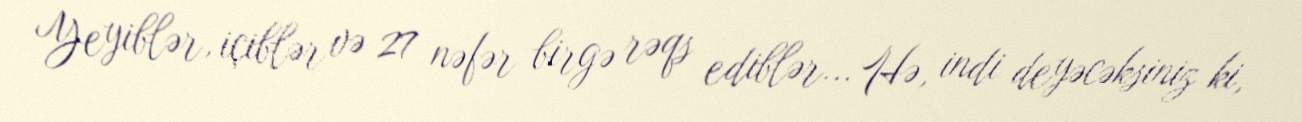
Yeyiblər, içiblər və 27 nəfər birgə rəqs ediblər... Hə, indi deyəcəksiniz ki,